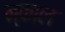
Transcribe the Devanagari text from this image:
न्काल